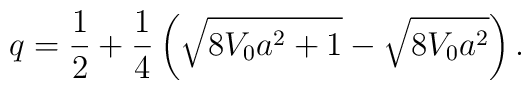
q=\frac{1}{2}+ \frac{1}{4}\left(\sqrt{8V_{0}a^{2}+1}-\sqrt{8V_{0}a^{2}}\right).